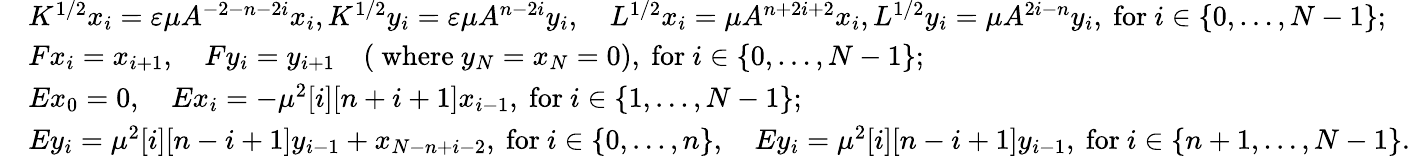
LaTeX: \begin{array}{rl}&{K^{1/2}x_{i}=\varepsilon\mu A^{-2-n-2i}x_{i},K^{1/2}y_{i}=\varepsilon\mu A^{n-2i}y_{i},\quad L^{1/2}x_{i}=\mu A^{n+2i+2}x_{i},L^{1/2}y_{i}=\mu A^{2i-n}y_{i}\mathrm{,~for~}i\in\{ 0,\ldots,N-1\} ;}\\ &{Fx_{i}=x_{i+1},\quad Fy_{i}=y_{i+1}\quad\mathrm{(~where~}y_{N}=x_{N}=0)\mathrm{,~for~}i\in\{ 0,\ldots,N-1\} ;}\\ &{Ex_{0}=0,\quad Ex_{i}=-\mu^{2}[i][n+i+1]x_{i-1}\mathrm{,~for~}i\in\{ 1,\ldots,N-1\} ;}\\ &{Ey_{i}=\mu^{2}[i][n-i+1]y_{i-1}+x_{N-n+i-2}\mathrm{,~for~}i\in\{ 0,\ldots,n\} ,\quad Ey_{i}=\mu^{2}[i][n-i+1]y_{i-1}\mathrm{,~for~}i\in\{ n+1,\ldots,N-1\} .}\end{array}